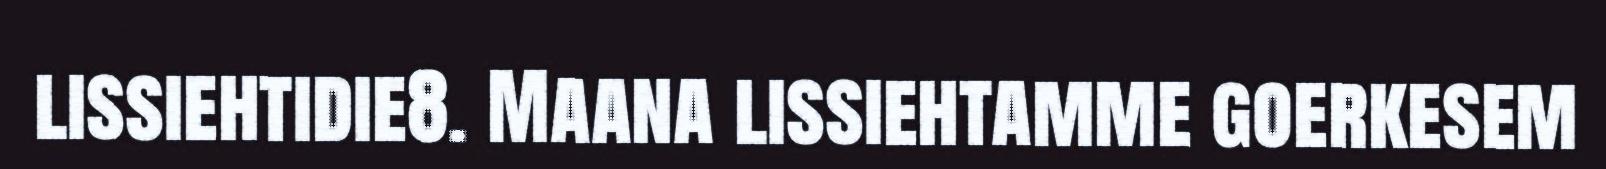
lissiehtidie8. Maana lissiehtamme goerkesem